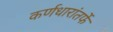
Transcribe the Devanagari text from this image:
कर्णधारांतर्फे